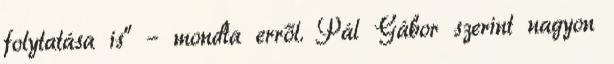
folytatása is” – mondta erről. Pál Gábor szerint nagyon